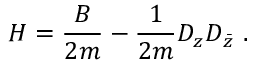
H = \frac { B } { 2 m } - \frac { 1 } { 2 m } D _ { z } D _ { \bar { z } } \ .